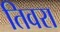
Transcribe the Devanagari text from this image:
तिवरा